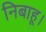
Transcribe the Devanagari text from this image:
निबाहू।